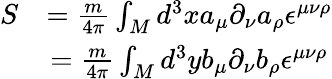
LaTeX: \begin{array}{lcr}{{S}}&{{={\frac{m}{4\pi}}\int_{M}{d^{3}x}a_{\mu}\partial_{\nu}a_{\rho}\epsilon^{\mu\nu\rho}}}\\ {{}}&{{={\frac{m}{4\pi}}\int_{M}{d^{3}y}b_{\mu}\partial_{\nu}b_{\rho}\epsilon^{\mu\nu\rho}}}\end{array}